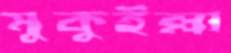
মুকুইল্লা